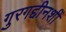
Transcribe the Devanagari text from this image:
गुरगद्दीनशीं